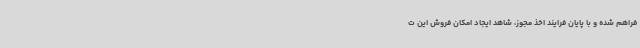
فراهم شده و با پایان فرایند اخذ مجوز، شاهد ایجاد امکان فروش این ت